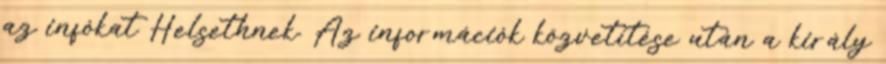
az infókat Helsethnek. Az információk közvetítése után a király